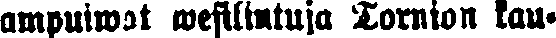
ampuiwat wesilintuja Tornion kau-